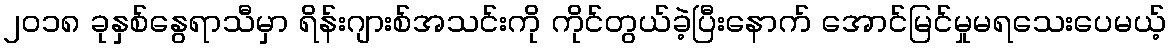
၂၀၁၈ ခုနှစ်နွေရာသီမှာ ရိန်းဂျားစ်အသင်းကို ကိုင်တွယ်ခဲ့ပြီးနောက် အောင်မြင်မှုမရသေးပေမယ့်